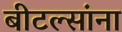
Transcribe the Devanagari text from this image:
बीटल्सांना